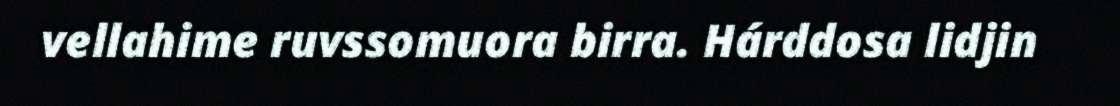
vellahime ruvssomuora birra. Hárddosa lidjin